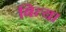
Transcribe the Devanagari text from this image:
बित्या